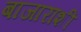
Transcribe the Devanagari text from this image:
बाजाराशीं